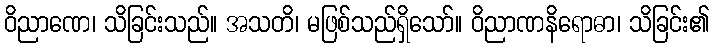
ဝိညာဏေ၊ သိခြင်းသည်။ အသတိ၊ မဖြစ်သည်ရှိသော်။ ဝိညာဏနိရောဓာ၊ သိခြင်း၏